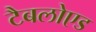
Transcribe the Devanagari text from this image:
टैबलोएड